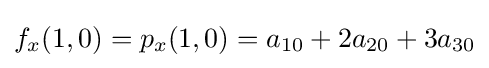
f_{x}(1,0)=p_{x}(1,0)=a_{10}+2a_{20}+3a_{30}